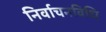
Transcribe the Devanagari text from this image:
निर्वाचनविधि